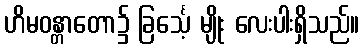
ဟိမဝန္တာတော၌ ခြင်္သေ့ မျိုး လေးပါးရှိသည်။